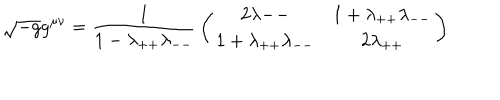
LaTeX: \sqrt { - g } g ^ { \mu \nu } = { \frac { 1 } { 1 - \lambda _ { + + } \lambda _ { -- } } } \left( \begin{array} { c c } { { { 2 \lambda { -- } } } } & { { { 1 + \lambda _ { + + } \lambda _ { -- } } } } \\ { { { 1 + \lambda _ { + + } \lambda _ { -- } } } } & { { { 2 \lambda _ { + + } } } } \\ \end{array} \right)